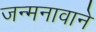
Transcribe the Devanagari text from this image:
जन्मनावाने